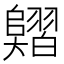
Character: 𦒣